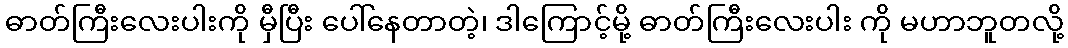
ဓာတ်ကြီးလေးပါးကို မှီပြီး ပေါ်နေတာတဲ့၊ ဒါကြောင့်မို့ ဓာတ်ကြီးလေးပါး ကို မဟာဘူတလို့